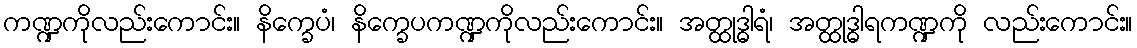
ကဏ္ဍကိုလည်းကောင်း။ နိက္ခေပံ၊ နိက္ခေပကဏ္ဍကိုလည်းကောင်း။ အတ္ထုဒ္ဓါရံ၊ အတ္ထုဒ္ဓါရကဏ္ဍကို လည်းကောင်း။